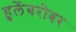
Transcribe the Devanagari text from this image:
हुलेंबरोबर